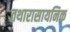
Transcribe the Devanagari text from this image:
तथारासायनिक